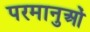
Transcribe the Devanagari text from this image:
परमानुओं